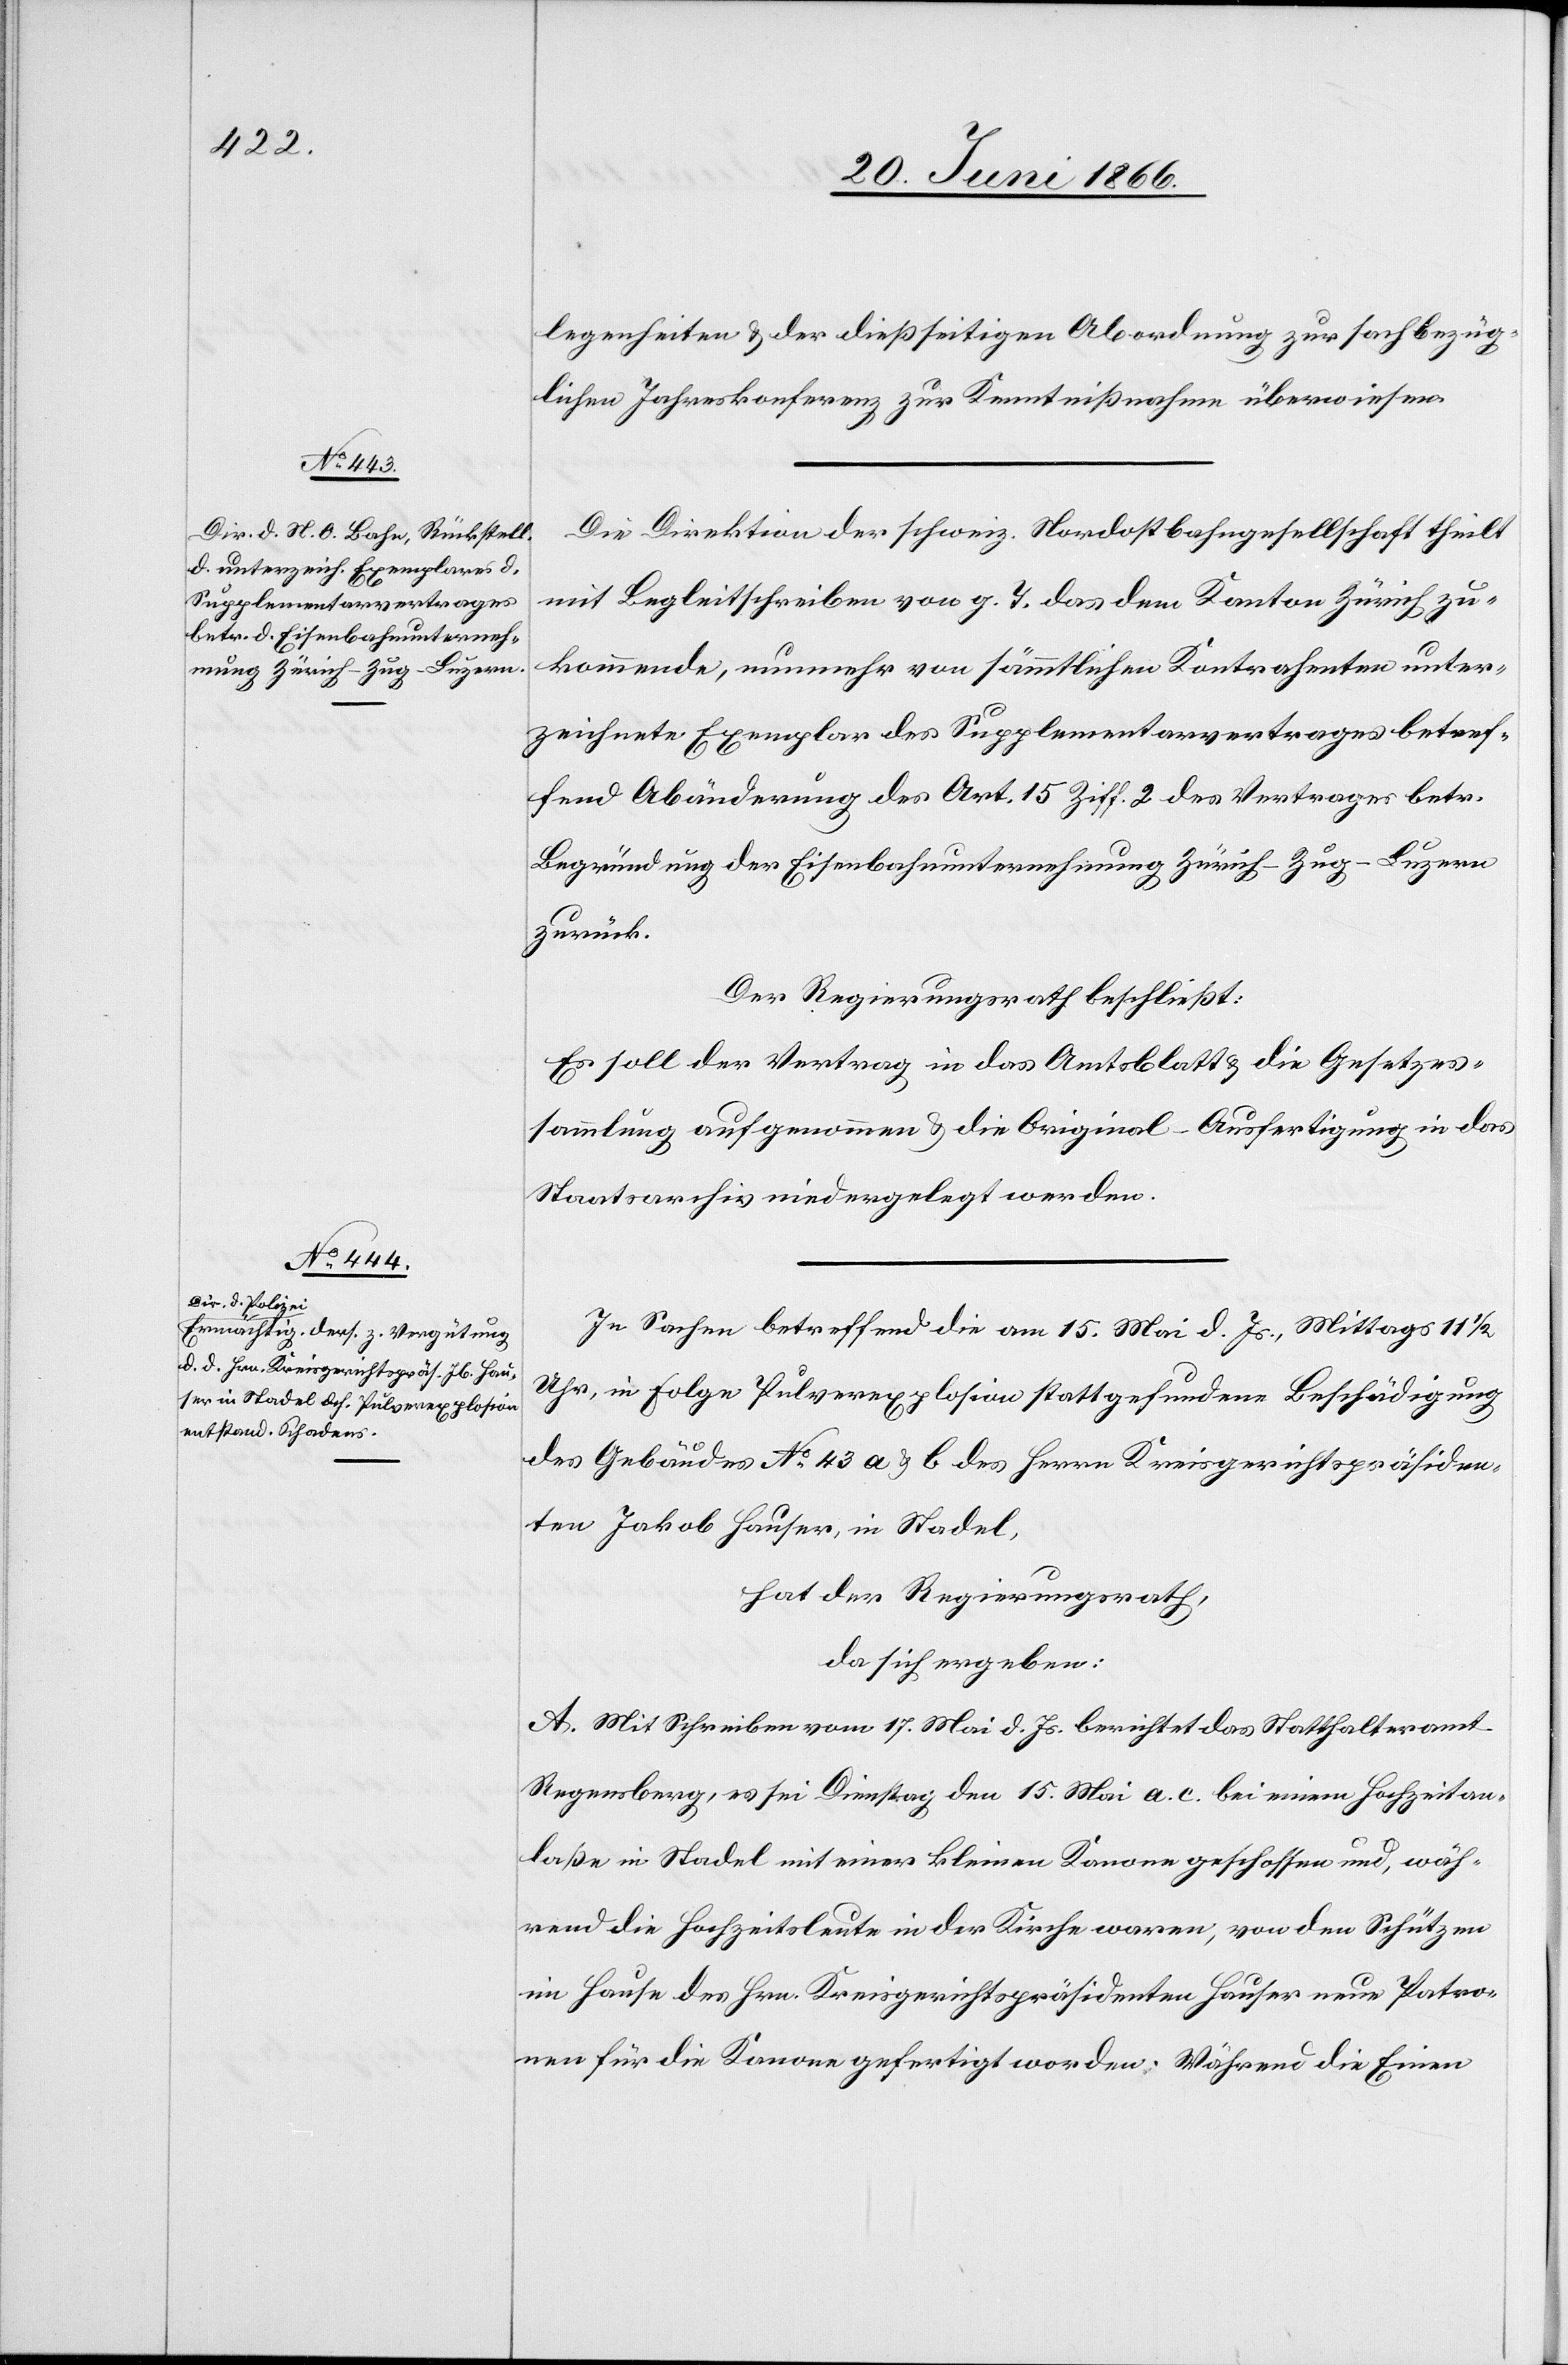
legenheiten u. der dießseitigen Abordnung zur sachbezüg¬
lichen Jahreskonferenz zur Kenntnißnahme überwiesen.
Die Direktion der schweiz. Nordostbahngesellschaft theilt
mit Begleitschreiben vom g. T. das dem Kanton Zürich zu¬
kommende, nunmehr von sämmtlichen Kontrahenten unter¬
zeichnete Exemplar des Supplementarvertrages betref¬
fend Abänderung des Art. 15 Ziff. 2 des Vertrages betr.
Begründung der Eisenbahnunternehmung Zürich–Zug–Luzern
zurück.
Der Regierungsrath beschließt:
Es soll der Vertrag in das Amtsblatt u. die Gesetzes¬
sammlung aufgenommen u. die Original-Ausfertigung in das
Staatsarchiv niedergelegt werden.
In Sachen betreffend die am 15. Mai d. Js., Mittags 11 ½
Uhr, in Folge Pulverexplosion stattgefundene Beschädigung
des Gebäudes No. 43 a u. b des Herrn Kreisgerichtspräsiden¬
ten Jakob Hauser, in Stadel,
hat der Regierungsrath,
da sich ergeben:
A. Mit Schreiben vom 17. Mai d. Js. berichtet das Statthalteramt
Regensberg, es sei Dienstag, den 15. Mai a. c. bei einem Hochzeitan¬
laße in Stadel mit einer kleinen Kanone geschossen und, wäh¬
rend die Hochzeitsleute in der Kirche waren, von den Schützen
im Hause des Hrn. Kreisgerichtspräsidenten Hauser neue Patro¬
nen für die Kanone gefertigt worden. Während die Einen